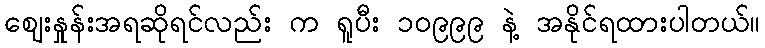
ဈေးနှုန်းအရဆိုရင်လည်း က ရူပီး ၁၀၉၉၉ နဲ့ အနိုင်ရထားပါတယ်။